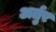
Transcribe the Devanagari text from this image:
अर्तुर